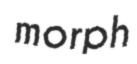
morph